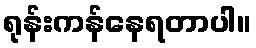
ရုန်းကန်နေရတာပါ။